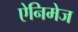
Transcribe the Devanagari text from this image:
ऐनिमेज